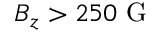
B _ { z } > 2 5 0 \ \mathrm { G }